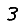
Digit: 3